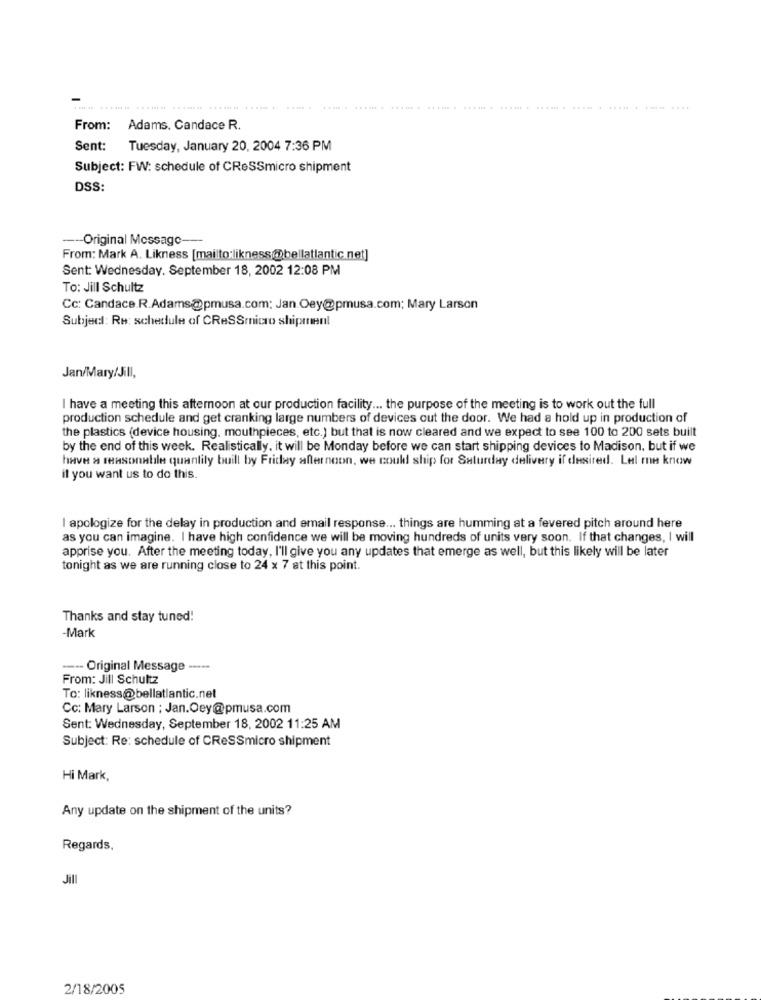
From: Adams, Candace R.
Sent: Tuesday, January 20, 2004 7:36 PM
Subject: FW: schedule of CROSSmicro shipment
DSS:
-Original Message
From: Mark A. Likness [mailto:likness@bellatlantic net]
Sent: Wednesday. September 18, 2002 12:08 PM
To: Jill Schultz
Cc: Candace.R.Adams@pmusa.com: Jan.Oey@pmusa.com; Mary Larson
Subject: Re: schedule of CRASSmicro shipment
Jan/Mary/Jill,
I have a meeting this afternoon at our production facility ... the purpose of the meeting is to work out the full
production schedule and get cranking large numbers of devices out the door. We had a hold up in production of
the plastics (device housing, mouthpieces, etc.) but that is now cleared and we expect to see 100 to 200 sets built
by the end of this week. Realistically. it will be Monday before we can start shipping devices to Madison, but if we
have a reasonable quanlily buill by Friday afternoon, we could ship for Saturday delivery if desired. Lel me know
if you want us to do this.
I apologize for the delay in production and email response ... things are humming at a fevered pitch around here
as you can imagine. I have high confidence we will be moving hundreds of units very soon. If that changes, I will
apprise you. After the meeting today, I'll give you any updates that emerge as well, but this likely will be later
tonight as we are running close to 24 x 7 at this point.
Thanks and stay tuned!
-Mark
--- Original Message -----
From: Jill Schultz
To: likness@bellatlantic.net
Cc: Mary Larson : Jan.Oey@pmusa.com
Sent: Wednesday, September 18, 2002 11:25 AM
Subject: Re: schedule of CReSSmicro shipment
Hi Mark,
Any update on the shipment of the units?
Regards,
Jill
2/18/2005